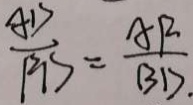
\frac { A D } { P B } = \frac { A P } { B D . }